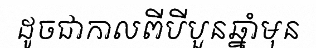
ដូចជាកាលពីបីបួនឆ្នាំមុន